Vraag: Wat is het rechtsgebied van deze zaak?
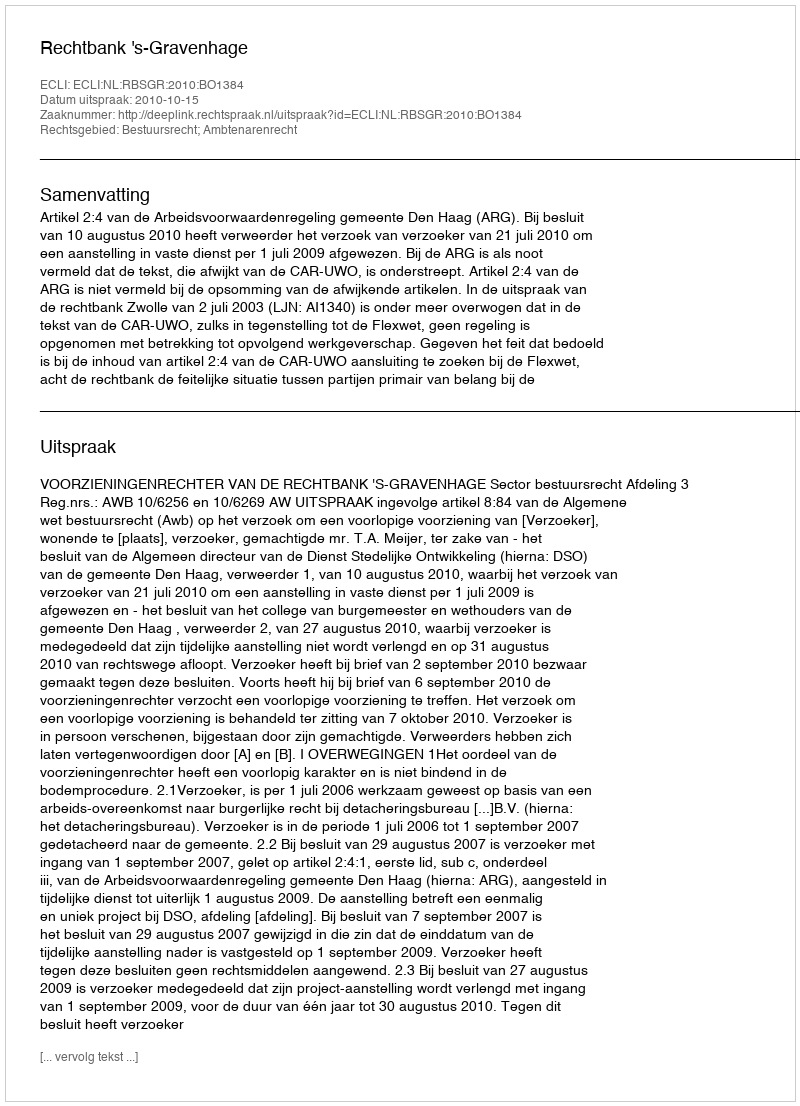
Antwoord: Bestuursrecht; Ambtenarenrecht